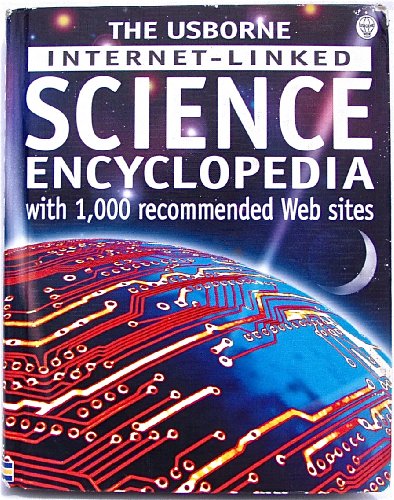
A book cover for The Usborne Internet-Linked Science Encyclopedia; Kirsteen Rogers; Children's Books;